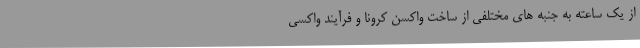
از یک ساعته به جنبه های مختلفی از ساخت واکسن کرونا و فرآیند واکسی